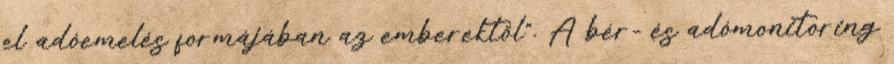
el adóemelés formájában az emberektől". A bér- és adómonitoring